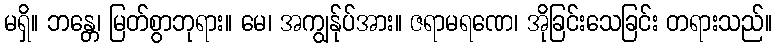
မရှိ။ ဘန္တေ၊ မြတ်စွာဘုရား။ မေ၊ အကျွန်ုပ်အား။ ဇရာမရဏေ၊ အိုခြင်းသေခြင်း တရားသည်။